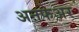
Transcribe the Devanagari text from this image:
अनफेअर